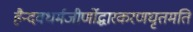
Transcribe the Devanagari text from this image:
हैन्दवधर्मजीर्णोद्धारकरणघृतमति